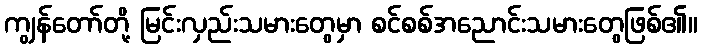
ကျွန်တော်တို့ မြင်းလှည်းသမားတွေမှာ စင်စစ်အညောင်းသမားတွေဖြစ်၏။